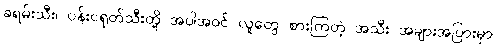
ခရမ်းသီး၊ ပန်းငရုတ်သီးတို့ အပါအဝင် လူတွေ စားကြတဲ့ အသီး အများအပြားမှာ